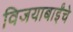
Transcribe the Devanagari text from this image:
विजयाबाईंचे